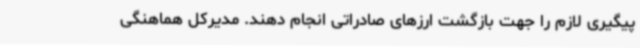
پیگیری لازم را جهت بازگشت ارزهای صادراتی انجام دهند. مدیرکل هماهنگی